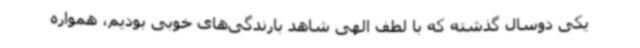
یکی دوسال گذشته که با لطف الهی شاهد بارندگی‌های خوبی بودیم، همواره